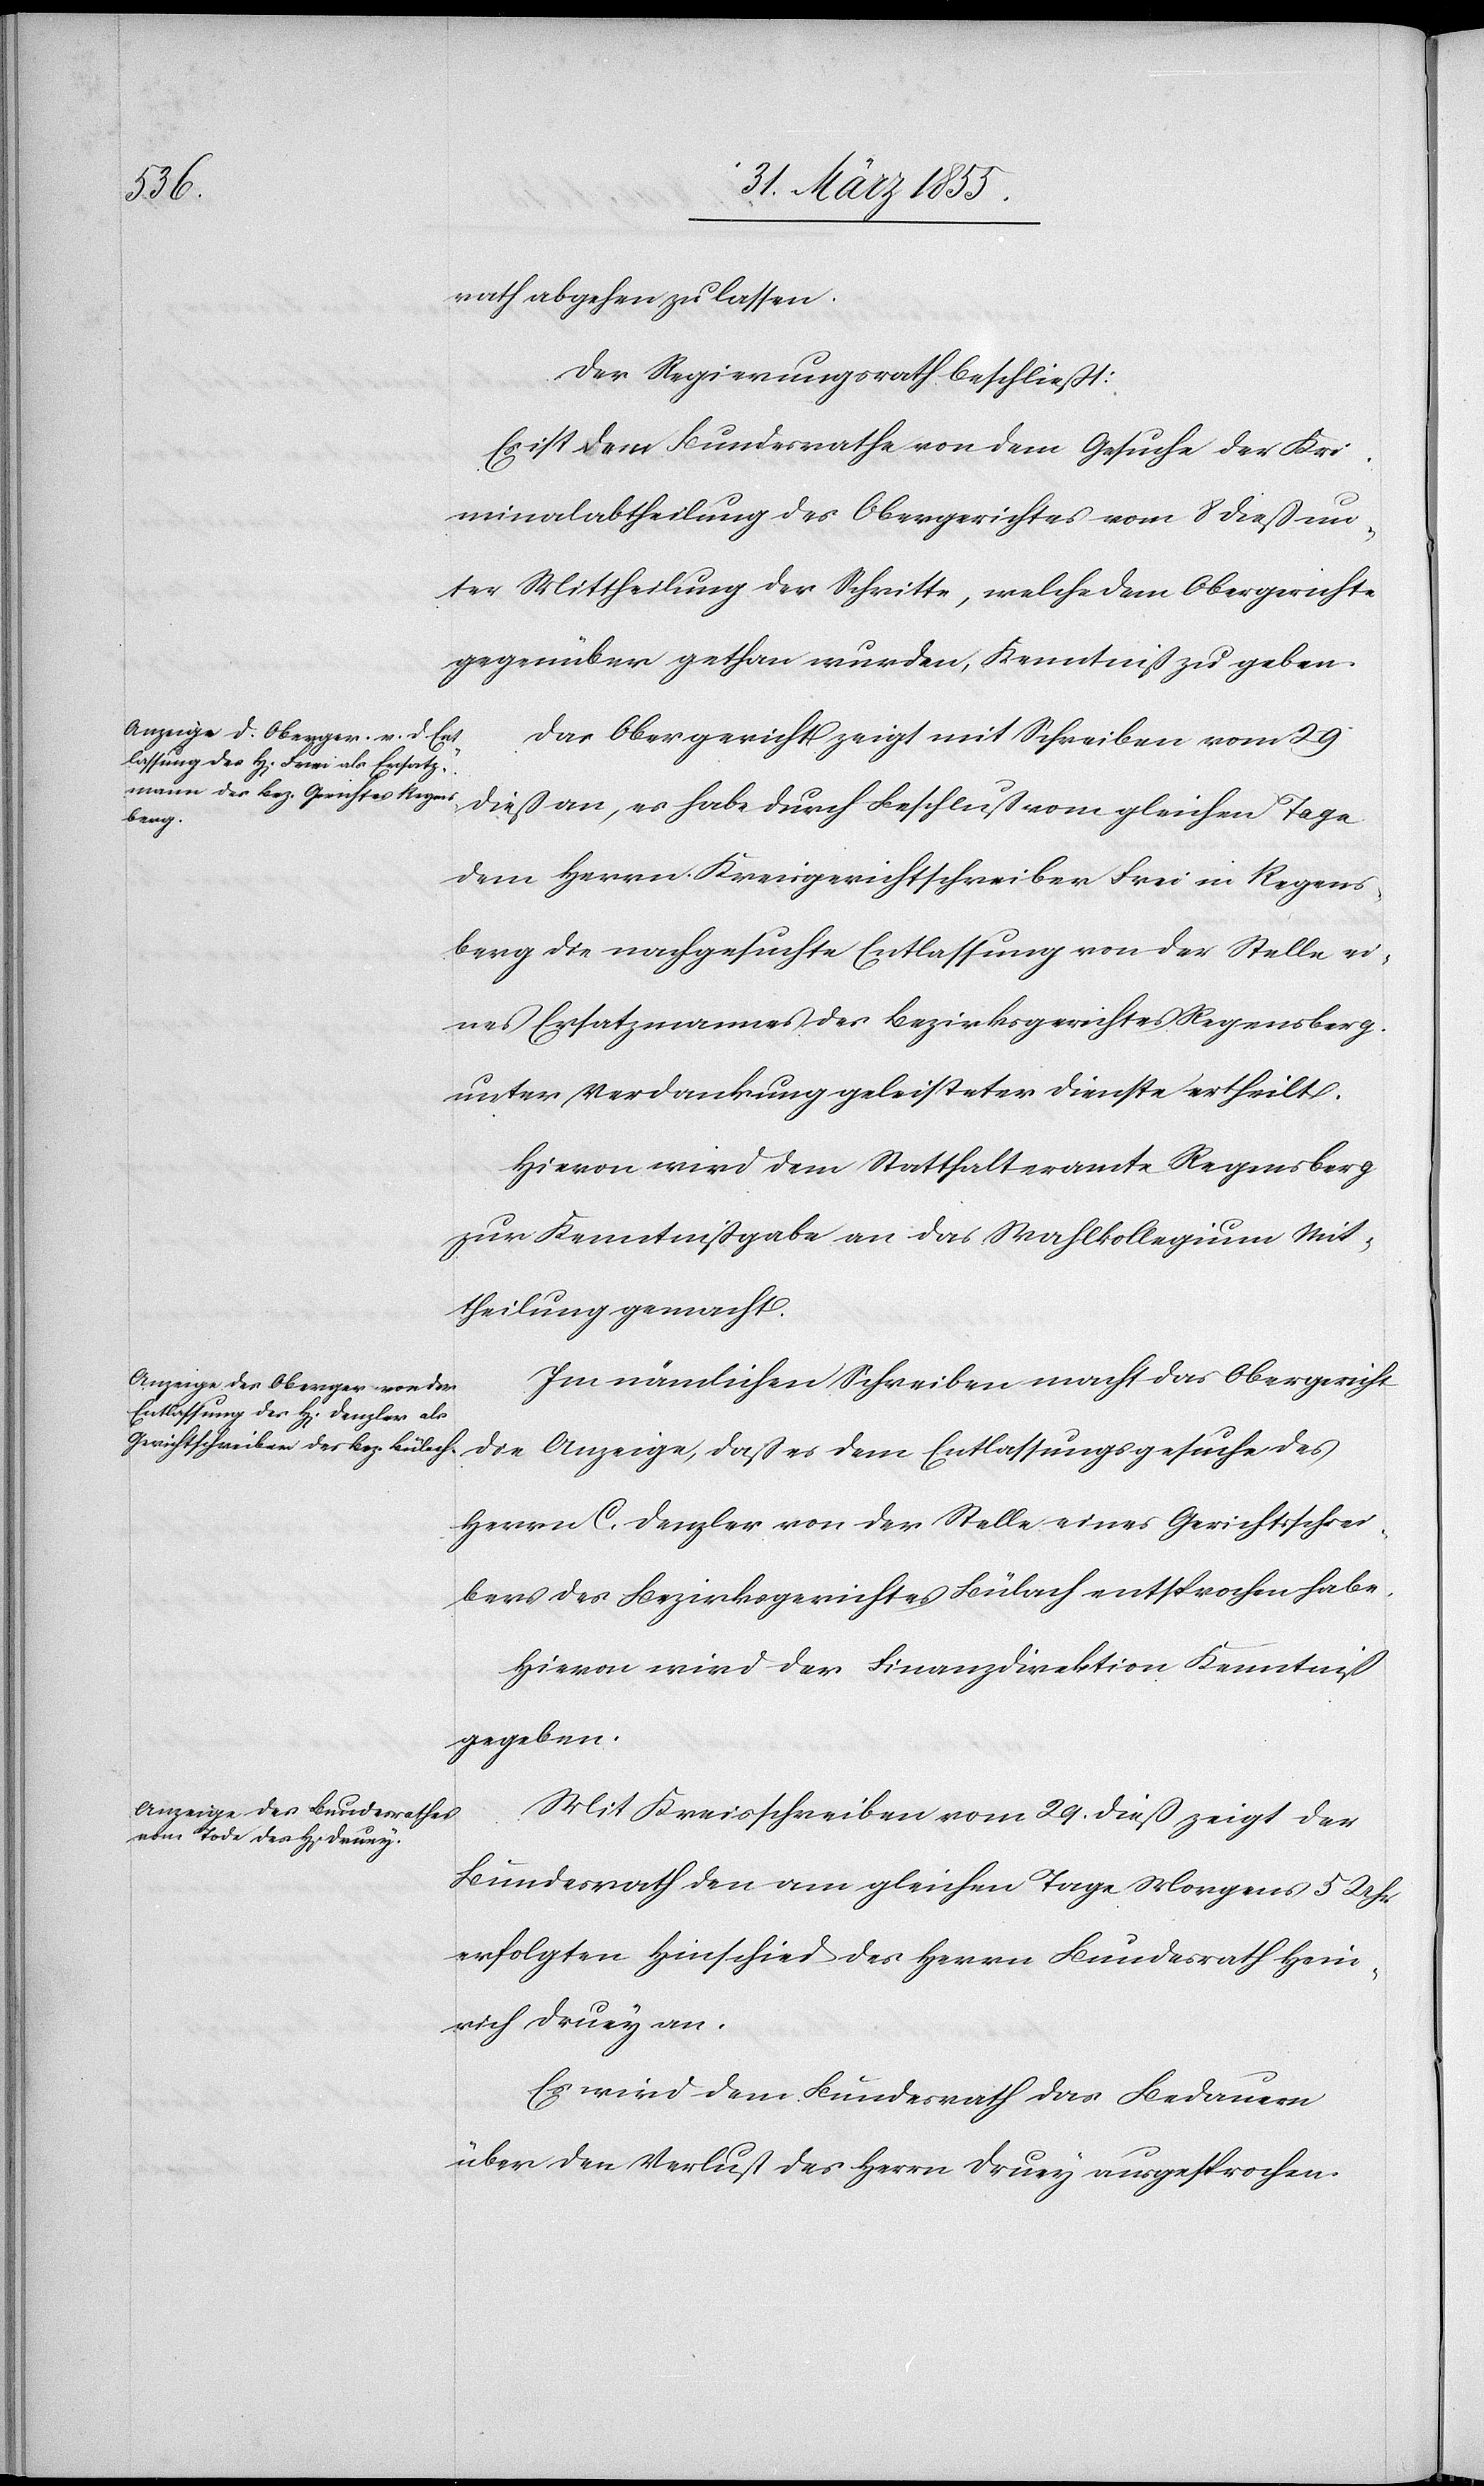
rath abgehen zu lassen.
Der Regierungsrath beschließt:
Es ist dem Bundesrathe von dem Gesuche der Kri¬
minalabtheilung des Obergerichtes vom 8 dieß un¬
ter Mittheilung der Schritte, welche dem Obergerichte
gegenüber gethan wurden, Kenntniß zu geben.
Das Obergericht zeigt mit Schreiben vom 29
dem Herrn Kreisgerichtschreiber Frei in Regens¬
berg die nachgesuchte Entlassung von der Stelle ei¬
nes Ersatzmannes des Bezirksgerichtes Regensberg
unter Verdankung geleisteter Dienste ertheilt.
Hievon wird dem Statthalteramte Regensberg
zur Kenntnißgabe an das Wahlkollegium Mit¬
theilung gemacht.
Im nämlichen Schreiben macht das Obergericht
die Anzeige, daß es dem Entlassungsgesuche des
Herrn C. Denzler von der Stelle eines Gerichtsschrei¬
bers des Bezirksgerichtes Bülach entsprochen habe.
Hievon wird der Finanzdirektion Kenntniß
gegeben.
Mit Kreisschreiben vom 29. dieß zeigt der
Bundesrath den am gleichen Tage Morgens 5 Uhr
erfolgten Hinschied des Herrn Bundesrath Hein¬
rich Druey an.
Es wird dem Bundesrath das Bedauern
über den Verlust des Herrn Druey ausgesprochen.